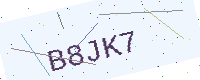
Text: B8JK7